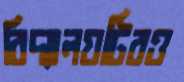
বিদ্যালয়টিরও